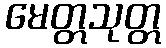
မေတ္တသုတ္တ